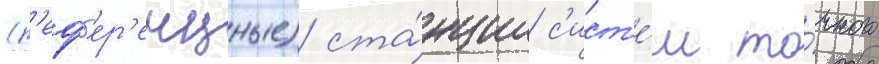
(р'еф'ер'енцные) ста́нции с'ист'е́м то́чного